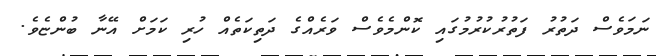
ނަމަވެސް ދަތުރު ފަތުރުކުރުމުގައި ކޮންމެވެސް ވަރެއްގެ ދަތިކަތެއް ހުރި ކަމަށް އޭނާ ބުންޏެވެ.